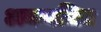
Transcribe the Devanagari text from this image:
अकवचित